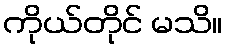
ကိုယ်တိုင် မသိ။